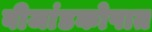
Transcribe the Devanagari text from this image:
बीजांडकोषात